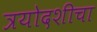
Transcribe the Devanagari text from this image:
त्रयोदशीचा